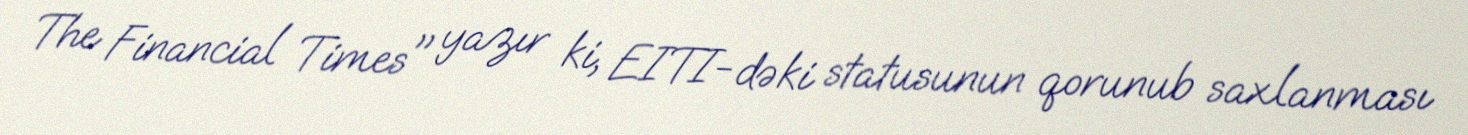
The Financial Times" yazır ki, EITI-dəki statusunun qorunub saxlanması